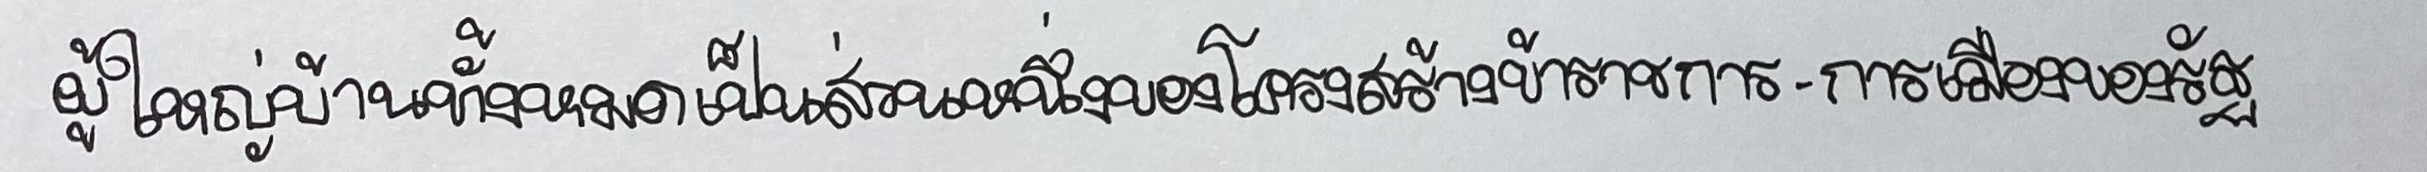
ผู้ใหญ่บ้านทั้งหมดเป็นส่วนหนึ่งของโครงสร้างข้าราชการ-การเมืองของรัฐ